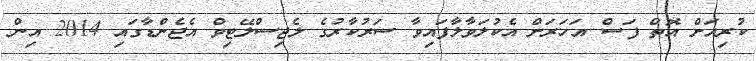
ކުރިއަށް އޮތް ފަސް އަހަރަށް އެކުލަވާލާފައިވާ ސަރުކާރުގެ ލެޖިސްލޭޓިވް އެޖެންޑާގައި 2014 އިން